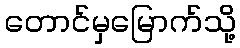
တောင်မှမြောက်သို့